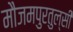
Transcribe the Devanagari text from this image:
मौजमपुरतुल्सी